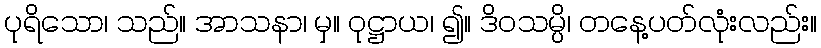
ပုရိသော၊ သည်။ အာသနာ၊ မှ။ ဝုဋ္ဌာယ၊ ၍။ ဒိဝသမ္ပိ၊ တနေ့ပတ်လုံးလည်း။